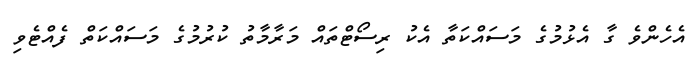
އެހެންވެ ގާ އެޅުމުގެ މަސައްކަތާ އެކު ރިސޯޓްތައް މަރާމާތު ކުރުމުގެ މަސައްކަތް ފެއްޓެވި